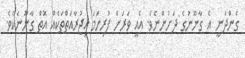
ގެންދަނީ އެ ގާނޫނުގެ ދަށުންނެވެ. އެއީ ވަރަށް ފުރިހަމަ އިޖުރާއަތްތަކެއް އޮތް ގާނޫނެކެވެ.